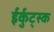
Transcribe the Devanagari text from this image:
ईर्कुट्स्क